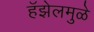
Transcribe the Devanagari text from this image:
हॅझेलमुळे